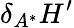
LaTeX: \delta_{A^{*}}H^{\prime}